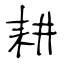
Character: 耕